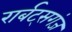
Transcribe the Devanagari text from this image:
रार्बट्सगंज